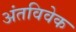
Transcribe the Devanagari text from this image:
अंतविवेक